Leaving Certificate Examination (including Day School Certificate (Higher) General paper), 1937
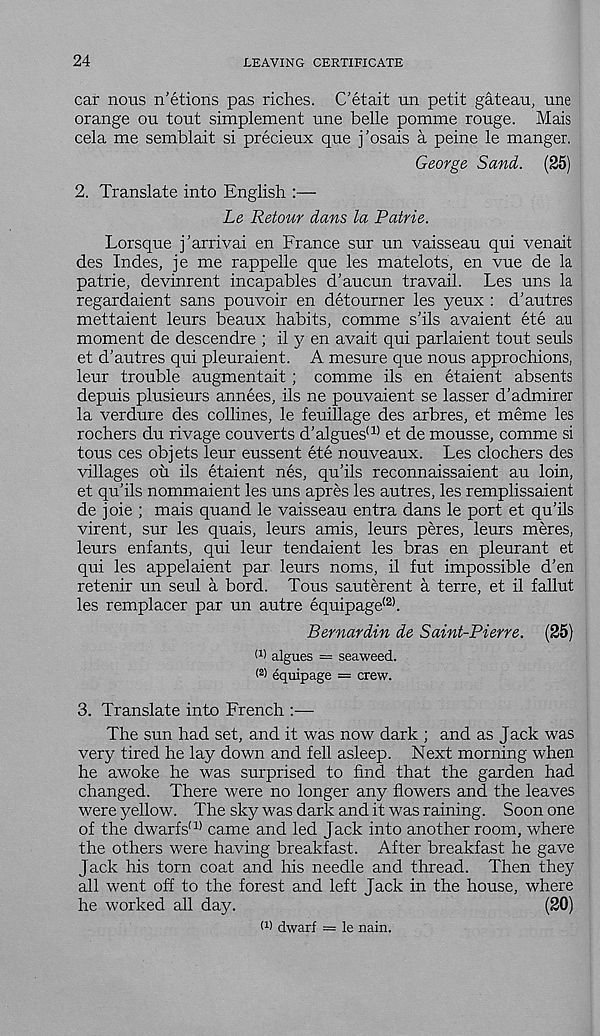
24
LEAVING CERTIFICATE
car nous n’etions pas riches. C'etait un petit gateau, une
orange ou tout simplement une belle pomme rouge. Mais
cela me semblait si precieux que j’osais a peine le manger,
George Sand. (25)
2. Translate into English :—
Le Retour dans la Patrie.
Lorsque j’arrivai en France sur un vaisseau qui venait
des Indes, je me rappelle que les matelots, en vue de la
patrie, devinrent incapables d'aucun travail. Les uns la
regardaient sans pouvoir en detourner les yeux : d’autres
mettaient leurs beaux habits, comme s’ils avaient ete au
moment de descendre ; il y en avait qui parlaient tout seuls
et d’autres qui pleuraient. A mesure que nous approchions,
leur trouble augmentait ; comme ils en etaient absents
depuis plusieurs annees, ils ne pouvaient se lasser d’admirer
la verdure des collines, le feuillage des arbres, et meme les
rochers du rivage couverts d’algues (1) et de mousse, comme si
tous ces objets leur eussent ete nouveaux. Les clochers des
villages ou ils etaient nes, qu’ils reconnaissaient au loin,
et qu’ils nommaient les uns apres les autres, les remplissaient
de joie ; mais quand le vaisseau entra dans le port et qu’ils
virent, sur les quais, leurs amis, leurs peres, leurs meres,
leurs enfants, qui leur tendaient les bras en pleurant et
qui les appelaient par leurs noms, il fut impossible d’en
retenir un seul a bord. Tous sauterent a terre, et il fallut
les remplacer par un autre equipage (2) .
Bernardin de Saint-Pierre. (25)
(1 > algues = seaweed.
( 2) equipage = crew.
3. Translate into French
The sun had set, and it was now dark ; and as Jack was
very tired he lay down and fell asleep. Next morning when
he awoke he was surprised to find that the garden had
changed. There were no longer any flowers and the leaves
were yellow. The sky was dark and it was raining. Soon one
of the dwarfs' 1) came and led Jack into another room, where
the others were having breakfast. After breakfast he gave
Jack his torn coat and his needle and thread. Then they
all went off to the forest and left Jack in the house, where
he worked all day.
(20)
W dwarf = le nain.